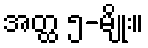
အတ္ထ ၅-မျိုး။